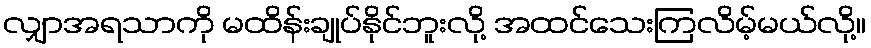
လျှာအရသာကို မထိန်းချုပ်နိုင်ဘူးလို့ အထင်သေးကြလိမ့်မယ်လို့။